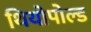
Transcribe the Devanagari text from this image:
थियोपोल्ड